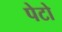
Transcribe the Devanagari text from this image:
पेटो